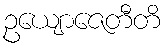
ဥယျောဇေတီတိ